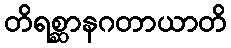
တိရစ္ဆာနဂတာယာတိ